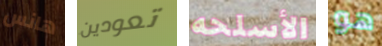
هانس تعودين الأسلحه هو